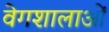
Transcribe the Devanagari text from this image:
वेगशालाओं